system: You are a helpful assistant.
user:
Analyze the provided spectrum to determine if it is a **S-type Star**.

- **Key Indicators for S-type Star:**

    - **(Overall Spectrum Shape):** The first and most obvious characteristic is the overall continuum (the "baseline" shape). It is **extremely "red-sloping,"** meaning the flux (light intensity) is very low on the left side (blue, ~4000-4500 Å) and rises steeply and continuously toward the right side (red, ~7000 Å+).

    - **(Primary):** The spectrum is defined by the presence of strong, broad molecular absorption "valleys" (bands) from **Zirconium Oxide (ZrO)**. The identification of these bands is the **primary requirement** for classifying a star as S-type.
        - **(Key Bandheads):** You must find distinct, deep "dips" where the light has been absorbed. The most critical band systems to locate are:
            - **~6474 Å** ($\gamma$-system): This is often the strongest and clearest ZrO feature, found in the red part of the spectrum.
            - **~5718 Å** & **~5551 Å** ($\beta$-system): A pair of prominent absorption features in the yellow-orange part of the spectrum.
            - **~4640 Å** ($\alpha$-system): A key absorption band system in the blue-green region of the spectrum.

    - **(Secondary Confirmation):** The classification is strengthened by finding additional absorption bands from other related heavy element oxides, which are expected to be present alongside ZrO.
        - **(Key Bandheads):**
            - **Yttrium Oxide (YO):** Look for absorption dips near **~4800 Å** and **~6100 Å**.
            - **Lanthanum Oxide (LaO):** Additional absorption features, particularly in the red-orange part of the spectrum, are also characteristic.

    - **(Line Profile):** The combination of the steep red continuum and these numerous, deep molecular bands (ZrO, YO, etc.) gives the entire spectrum a very **"chopped-up"** or **"bumpy"** appearance. Instead of a smooth curve, the spectrum looks as though large, wide chunks of light have been "carved out" of it at the specific wavelengths listed above.

Think first, call **spectral_visualization_tool** if needed to examine features in detail, then provide your final answer. Your response must adhere to the following strict rules:
1.  **Overall Structure:** Your response must follow the format `<think>...</think> <tool_call>...</tool_call> (if a tool is used) <answer>...</answer>`.
2.  **Tool Usage Constraint:** You may only make **one** tool call per turn.
3.  **Final Answer Format:** In the `<answer>` tag, your conclusion must be inside a `\boxed{}` command (e.g., `\boxed{YES}` or `\boxed{NO}`), followed by your justification.

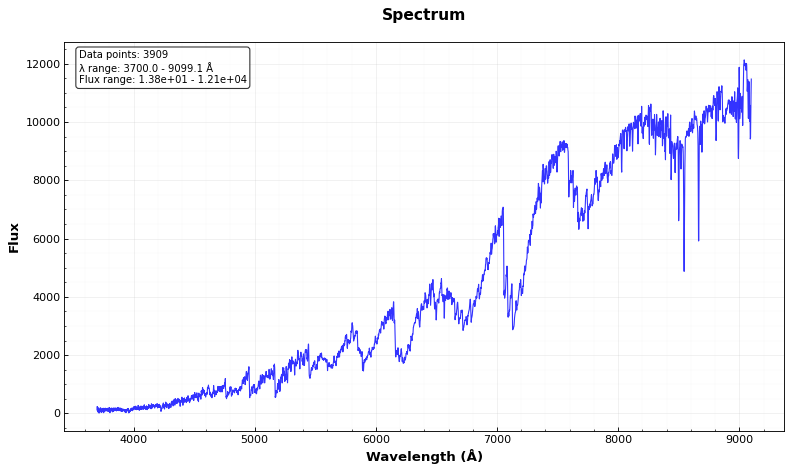
Answer: YES